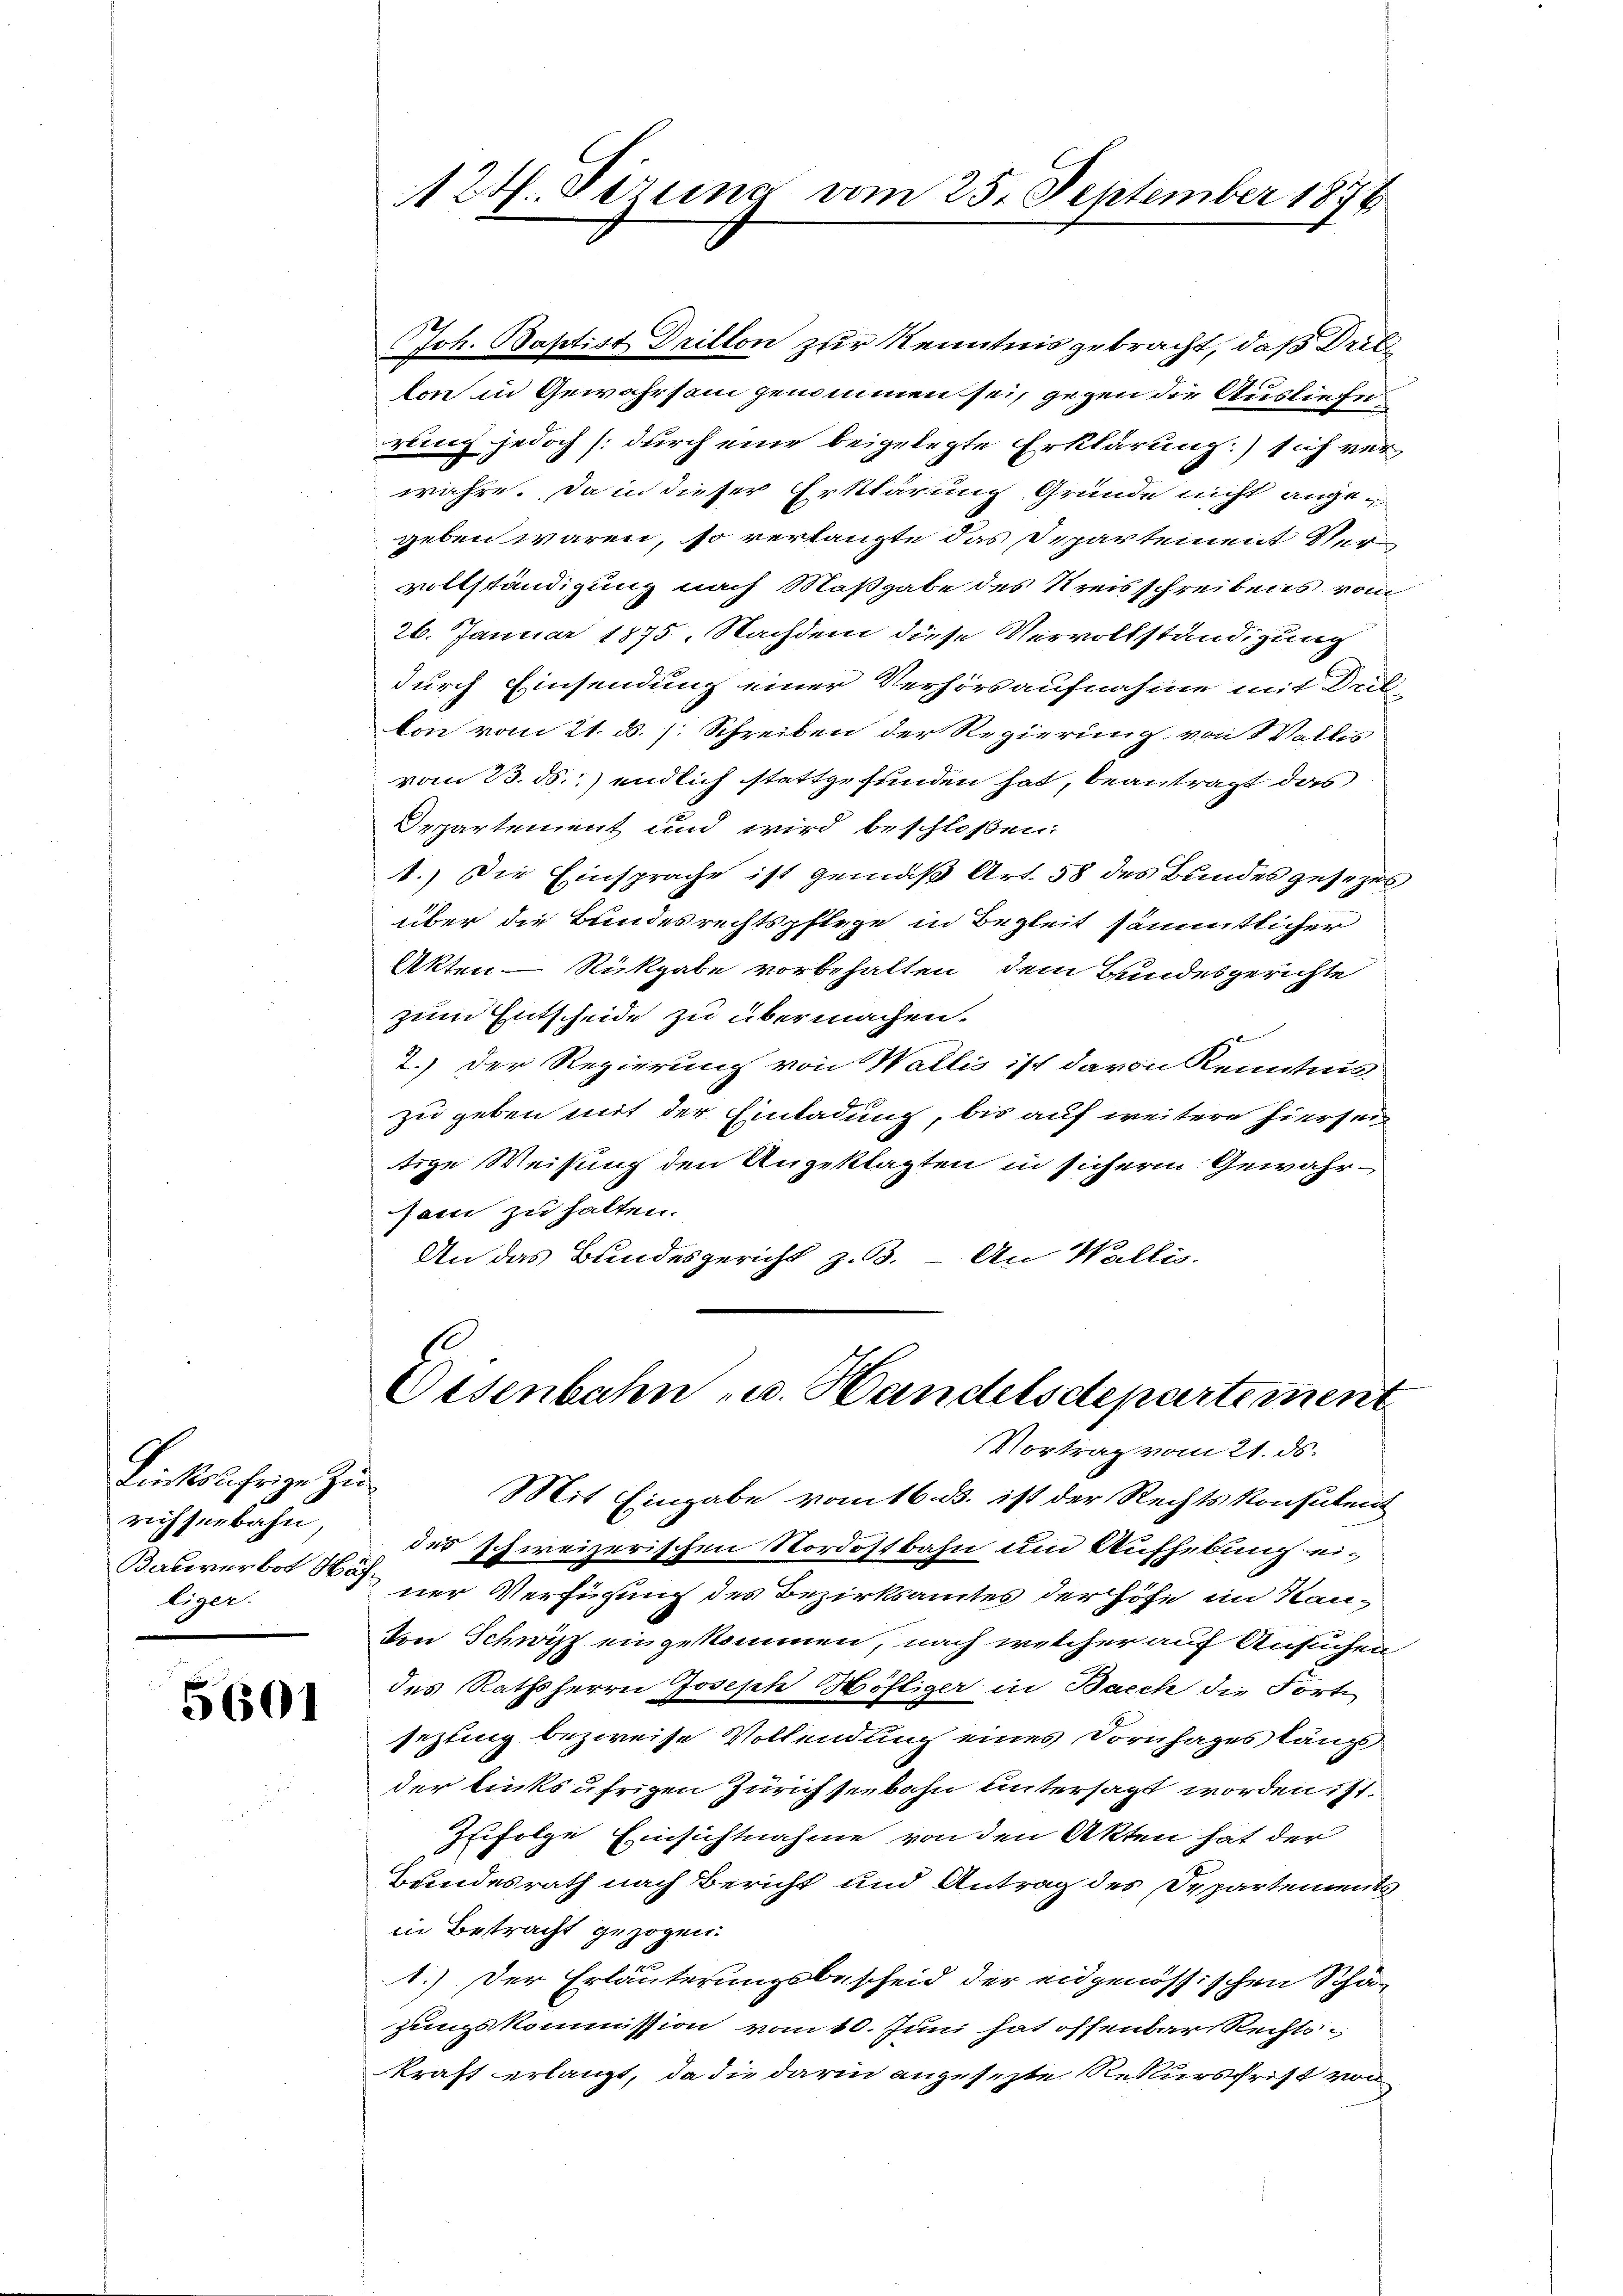
Linksufrige Zurichseebahn,
liger.

5601

Joh. Baptist Drillon zur Kenntnis gebracht, daß Dritton in Gewahrsam genommen sei, gegen die Ausliefe
rling jedoch (durch eine beigelegte Erklärung.) sich verwahre. Da in dieser Erklärung Gründe nicht angegeben wären, so verlangte das Departement Vervollständigung nach Maßgabe des Kreisschreibens vom
26. Januar 1875. Nachdem diese Vervollständigung
durch Einsendung einer Verhörsaufnahme mit Deil-
ton vom 21. ds. s. Schreiben der Regierung von 1 Vallis
vom 23. ds. endlich stattgefunden hat, beantragt das
Departement und wird beschloßen:
1.) Die Einsprache ist gemäß Art. 58 des Bundes gesezes
über die Bundesrechtspflege in Begleit sämmtlicher
Akten - Rückgabe vorbehalten, dem Bundesgerichte
zum Entscheide zu übermachen.
2.) Der Regierung von Wallis ist davon Kenntnis
zu geben mit der Einladung, bis auf weitere hiersei
tige Weisung den Angeklagten in sicher Gewahrsam zu halten.
An das Bundesgericht z. B. - An Wallis.

12. Sizung vom 25. September 1876

Osenbahn u. Handelsdepartement
Vortrag vom 21. ds.
Mit Eingabe vom 16. ds. ist der Rechtskonsulen

des schweizerischen Nordostbahn und Aufhebung ei¬
Bauverbot 86 der Verfügung des Bezirksamtes der Höfe im Kan¬
Von Schwyz eingekommen, nach welcher auf Ansuchen
des Rathsherrn Joseph Höfliger in Bach die Forte
sezting bezweise Vollendung eines Dornhages längs
der linksufrigen Zürich seebahn untersagt worden ist.
Zufolge Einsichtnahme von den Akten hat der
Bundesrath nach Bericht und Antrag des Departements
in Betracht gezogen.
1.) Der Erläuterungsbescheid der eidgenössischen Schäzungskommission vom 10. Juni hat offenbar Rechtskraft erlangt, da die darin angesezte Rekursfrist von